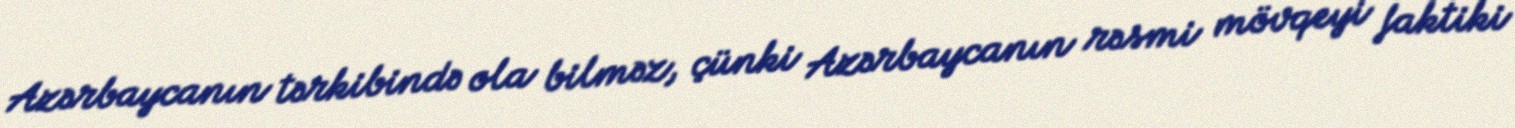
Azərbaycanın tərkibində ola bilməz, çünki Azərbaycanın rəsmi mövqeyi faktiki